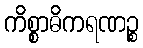
ကိစ္စာဓိကရဏဉ္စ